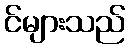
င်များသည်